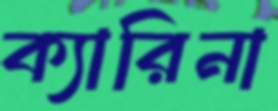
ক্যারিনা